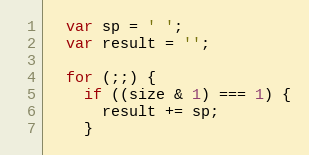
Language: JavaScript
  var sp = ' ';
  var result = '';

  for (;;) {
    if ((size & 1) === 1) {
      result += sp;
    }